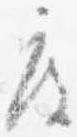
度